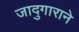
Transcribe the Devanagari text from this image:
जादुगाराने